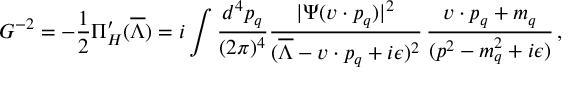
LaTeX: G ^ { - 2 } = - { \frac { 1 } { 2 } } \Pi _ { H } ^ { \prime } ( \overline { { { \Lambda } } } ) = i \int { \frac { d ^ { 4 } p _ { q } } { ( 2 \pi ) ^ { 4 } } } { \frac { | \Psi ( v \cdot p _ { q } ) | ^ { 2 } } { ( \overline { { { \Lambda } } } - v \cdot p _ { q } + i \epsilon ) ^ { 2 } } } \, { \frac { v \cdot p _ { q } + m _ { q } } { ( p ^ { 2 } - m _ { q } ^ { 2 } + i \epsilon ) } } \, ,